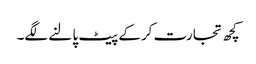
کچھ تجارت کرکے پیٹ پالنے لگے۔